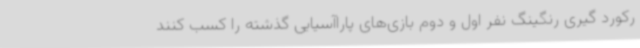
رکورد گیری رنگینگ نفر اول و دوم بازی‌های پاراآسیایی گذشته را کسب کنند